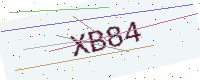
Text: XB84